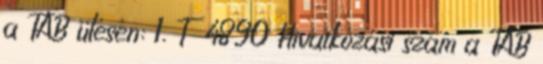
a TAB ülésén: 1. T 4890 Hivatkozási szám a TAB